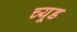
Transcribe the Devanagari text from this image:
च्यूड